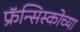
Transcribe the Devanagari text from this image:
फ्रॅन्सिस्कोच्या